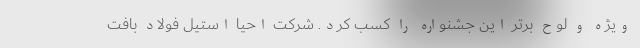
ویژه و لوح برتر این جشنواره را کسب کرد. شرکت احیا استیل فولاد بافت